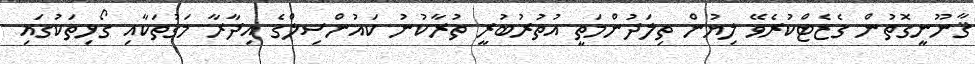
ޤާނޫނީގޮތުން ގެޒެޓްކުރެވޭ ލިޔުން ތިލަދުންމަތީ އުތުރުބުރީ ތުރާކުނު ކައުންސިލްގެ އިދާރާ މަގުތަކާއި ގޯޅިތަކުގައި